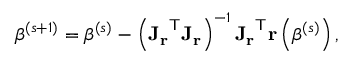
{ \boldsymbol { \beta } } ^ { ( s + 1 ) } = { \boldsymbol { \beta } } ^ { ( s ) } - \left( \mathbf { J _ { r } } ^ { \mathsf { T } } \mathbf { J _ { r } } \right) ^ { - 1 } \mathbf { J _ { r } } ^ { \mathsf { T } } \mathbf { r } \left( { \boldsymbol { \beta } } ^ { ( s ) } \right) ,